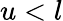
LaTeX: u<l